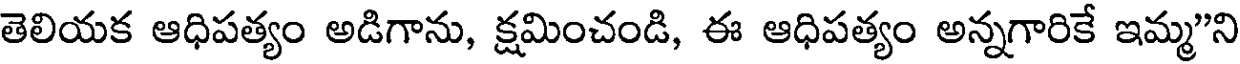
తెలియక ఆధిపత్యం అడిగాను, క్షమించండి, ఈ ఆధిపత్యం అన్నగారికే ఇమ్మ"ని